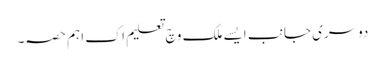
دوسری جانب ایس‏ے ملک وچ تعلیم اک اہ‏م حصہ۔